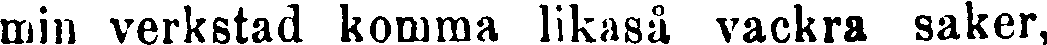
min verkstad komma likaså vackra saker,